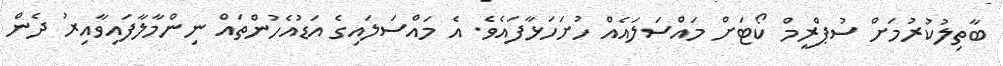
ބާތިލުކުރުމަށް ސުޕްރީމް ކޯޓަށް މައްސަލައެއް ހުށަހަޅާފައެވެ. އެ މައްސަލައިގެ އަޑުއެހުންތައް ނިންމާލާފައިވާއިރު ދެން